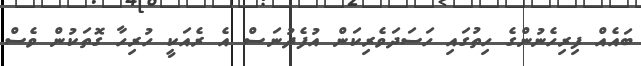
ބައެއް ފިރިހެނުންގެ ހިތުގައި ހަސަދަވެރިކަން އުފެދުނަސް އެ ރެއަކީ ހުރިހާ ގޮތަކުން ވެސް